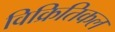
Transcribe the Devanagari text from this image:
विक्रितिकल